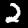
Digit: 2